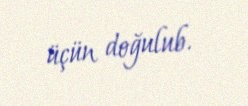
üçün doğulub.